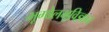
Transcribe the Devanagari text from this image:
भूगोलभूविज्ञान